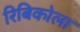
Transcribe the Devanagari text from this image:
रिबिकोला